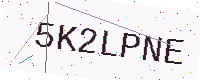
Text: 5K2LPNE